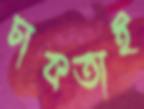
চাকতাই